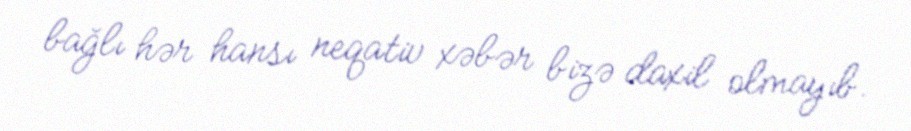
bağlı hər hansı neqativ xəbər bizə daxil olmayıb.